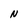
Character: N